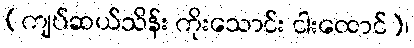
(ကျပ်ဆယ်သိန်း ကိုးသောင်း ငါးထောင်)၊